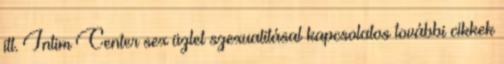
itt. Intim Center sex üzlet szexualitásal kapcsolatos további cikkek